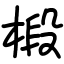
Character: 椴